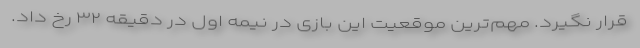
قرار نگیرد. مهم‌ترین موقعیت این بازی در نیمه اول در دقیقه ۳۲ رخ داد.